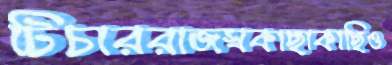
টিচাররাজস্বকাছাকাছিও